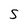
Character: S